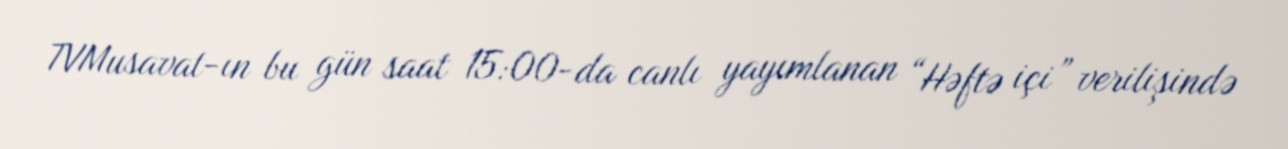
TVMusavat-ın bu gün saat 15:00-da canlı yayımlanan “Həftə içi” verilişində